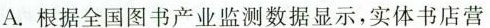
A. 根据全国图书产业监测数据显示，实体书店营